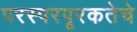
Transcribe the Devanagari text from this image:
परस्परपूरकतेचे